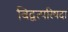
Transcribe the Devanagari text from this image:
विद्वत्परिषदा